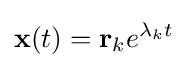
\mathbf {x} (t)=\mathbf {r} _{k}e^{\lambda _{k}t}